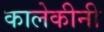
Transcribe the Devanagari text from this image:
कालेकीनी